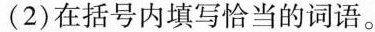
(2)在括号内填写恰当的词语。